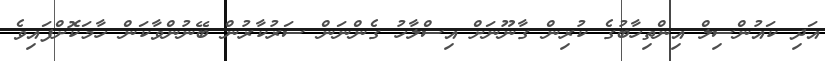
އަދި ކައުންސިލް އިންތިހާބުގެ ކުރިން ގާނޫނަށް އިސްލާހު ގެންނަން ސަރުކާރުން ބޭނުންވާކަން ހާމަކޮށްފައިވެ